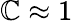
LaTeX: {\cal\mathbb{C}}\approx1